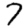
Digit: 7